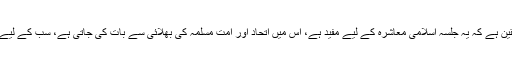
انہوں نے کہا مجھے یقین ہے کہ یہ جلسہ اسلامی معاشرہ کے لیے مفید ہے، اس میں اتحاد اور امت مسلمہ کی بھلائی سے بات کی جاتی ہے، سب کے لیے دعائے خیر ہوتی ہے۔